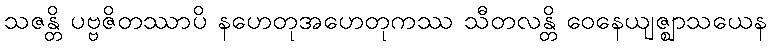
သဇန္တိ ပဗ္ဗဇိတဿာပိ နဟေတုအဟေတုကဿ သီတလန္တိ ဝေနေယျဇ္ဈာသယေန